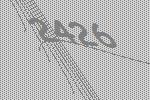
2426